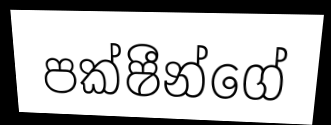
පක්ෂීන්ගේ